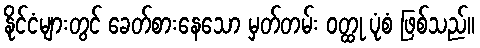
နိုင်ငံများတွင် ခေတ်စားနေသော မှတ်တမ်း ဝတ္ထု ပုံစံ ဖြစ်သည်။